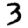
Digit: 3